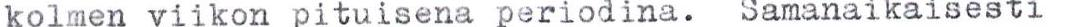
kolmen viikon pituisena periodina. Samanaikaisesti